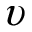
\upsilon